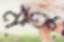
মতু